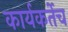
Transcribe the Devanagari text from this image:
कार्यकर्तेच